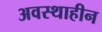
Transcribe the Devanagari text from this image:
अवस्थाहीन